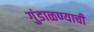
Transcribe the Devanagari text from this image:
गुंडाळण्याची